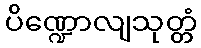
ပိဏ္ဍောလျသုတ္တံ